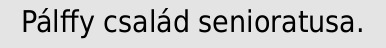
Pálffy család senioratusa.